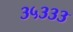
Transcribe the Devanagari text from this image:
३५३३३